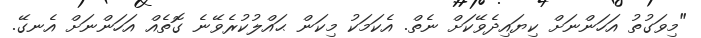
"މިވަގުތު އަހަންނަށް ކިޔައިދެވޭކަށް ނެތް. އެކަމަކު މިކަން ޙައްލުކުރެވޭނެ ގޮތެއް އަހަންނަށް އެނގޭ.